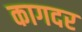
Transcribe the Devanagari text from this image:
कागदर